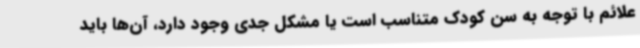
علائم با توجه به سن کودک متناسب است یا مشکل جدی وجود دارد، آن‌ها باید